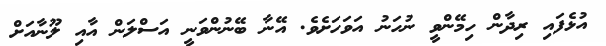
އުޅެފައި ރިދާން ހިމޭންވީ ނުހަނު އަވަހަށެވެ. އޭނާ ބޭނުންވަނީ އަސްލަން އާއި ލޫނާއަށް